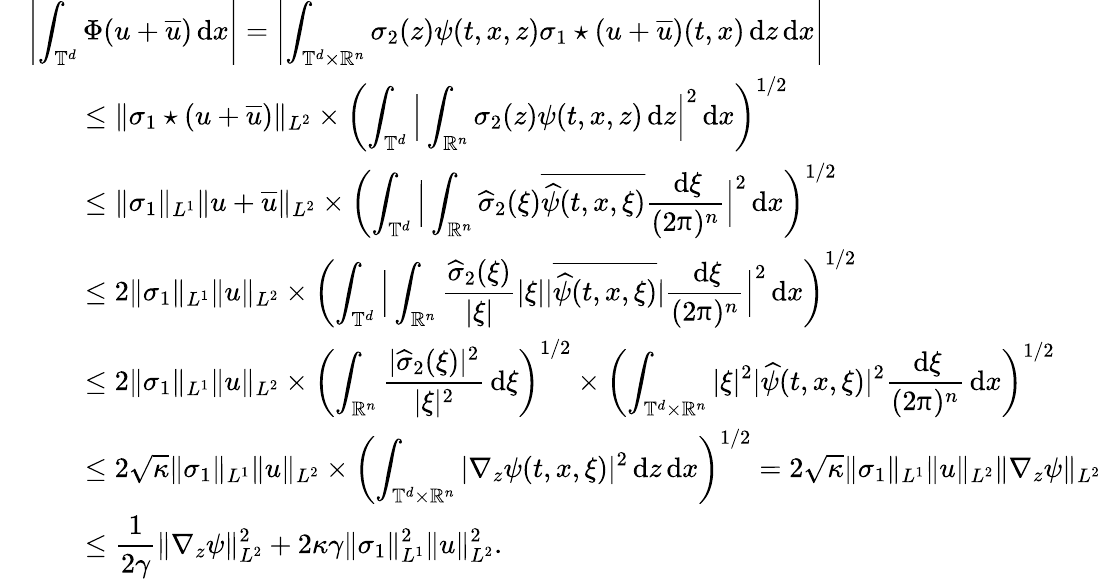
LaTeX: \begin{array}{rl}&{\left|\displaystyle\int_{\mathbb T^{d}}\Phi(u+\overline{u})\, {\mathrm{d}}x\right|=\left|\displaystyle\int_{\mathbb T^{d}\times\mathbb R^{n}}\sigma_{2}(z)\psi(t,x,z)\sigma_{1}\star(u+\overline{u})(t,x)\, {\mathrm{d}}z\, {\mathrm{d}}x\right|}\\ &{\qquad\le\| \sigma_{1}\star(u+\overline{u})\| _{L^{2}}\times\left(\displaystyle\int_{\mathbb T^{d}}\Big|\displaystyle\int_{\mathbb R^{n}}\sigma_{2}(z)\psi(t,x,z)\, {\mathrm{d}}z\Big|^{2}\, {\mathrm{d}}x\right)^{1/2}}\\ &{\qquad\le\| \sigma_{1}\| _{L^{1}}\| u+\overline{u}\| _{L^{2}}\times\left(\displaystyle\int_{\mathbb T^{d}}\Big|\displaystyle\int_{\mathbb R^{n}}\widehat\sigma_{2}(\xi)\overline{{\widehat\psi(t,x,\xi)}}\displaystyle\frac{\, {\mathrm{d}}\xi}{(2\uppi)^{n}}\Big|^{2}\, {\mathrm{d}}x\right)^{1/2}}\\ &{\qquad\le 2\| \sigma_{1}\| _{L^{1}}\| u\| _{L^{2}}\times\left(\displaystyle\int_{\mathbb T^{d}}\Big|\displaystyle\int_{\mathbb R^{n}}\displaystyle\frac{\widehat\sigma_{2}(\xi)}{|\xi|}|\xi|\displaystyle|\overline{{\widehat\psi(t,x,\xi)}}|\displaystyle\frac{\, {\mathrm{d}}\xi}{(2\uppi)^{n}}\Big|^{2}\, {\mathrm{d}}x\right)^{1/2}}\\ &{\qquad\le 2\| \sigma_{1}\| _{L^{1}}\| u\| _{L^{2}}\times\left(\displaystyle\int_{\mathbb R^{n}}\displaystyle\frac{|\widehat\sigma_{2}(\xi)|^{2}}{|\xi|^{2}}\, {\mathrm{d}}\xi\right)^{1/2}\times\left(\displaystyle\int_{\mathbb T^{d}\times\mathbb R^{n}}|\xi|^{2}|\widehat\psi(t,x,\xi)|^{2}\displaystyle\frac{\, {\mathrm{d}}\xi}{(2\uppi)^{n}}\, {\mathrm{d}}x\right)^{1/2}}\\ &{\qquad\le 2\sqrt\kappa\| \sigma_{1}\| _{L^{1}}\| u\| _{L^{2}}\times\left(\displaystyle\int_{\mathbb T^{d}\times\mathbb R^{n}}|\nabla_{z}\psi(t,x,\xi)|^{2}\, {\mathrm{d}}z\, {\mathrm{d}}x\right)^{1/2}=2\sqrt\kappa\| \sigma_{1}\| _{L^{1}}\| u\| _{L^{2}}\| \nabla_{z}\psi\| _{L^{2}}}\\ &{\qquad\leq\displaystyle\frac{1}{2\gamma}\| \nabla_{z}\psi\| _{L^{2}}^{2}+2\kappa\gamma\| \sigma_{1}\| _{L^{1}}^{2}\| u\| _{L^{2}}^{2}.}\end{array}